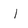
Character: l